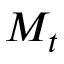
M _ { t }